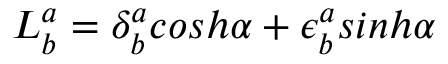
L _ { b } ^ { a } = \delta _ { b } ^ { a } c o s h \alpha + \epsilon _ { b } ^ { a } s i n h \alpha